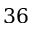
3 6